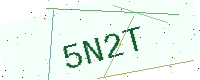
Text: 5N2T